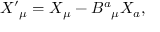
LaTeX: X ^ { \prime } { } _ { \mu } = X _ { \mu } - B ^ { a } { } _ { \mu } X _ { a } ,